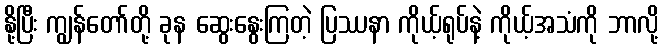
နို့ပြီး ကျွန်တော်တို့ ခုန ဆွေးနွေးကြတဲ့ ပြဿနာ ကိုယ့်ရုပ်နဲ့ ကိုယ့်အသံကို ဘာလို့